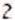
2